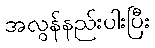
အလွန်နည်းပါးပြီး